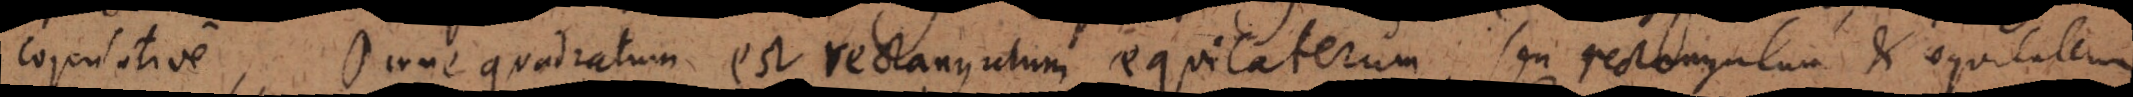
copulative, Omne quadratum est rectangulum aequilaterum, seu rectangulum et aequilaterum.